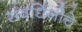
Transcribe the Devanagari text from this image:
संवर्धिनीचे